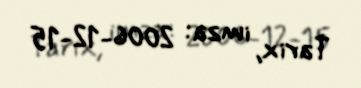
Tarix, imza: 2006-12-15